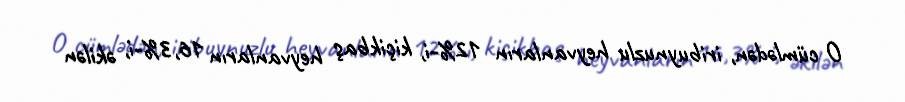
O cümlədən, iribuynuzlu heyvanların 12%-i, kiçikbaş heyvanların 16,3%-i, əkilən